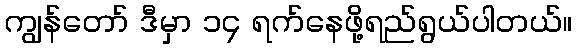
ကျွန်တော် ဒီမှာ ၁၄ ရက်နေဖို့ရည်ရွယ်ပါတယ်။